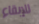
للإبقاء